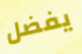
يفضل